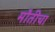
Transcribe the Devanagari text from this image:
मौतीचा